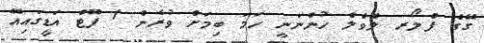
ގޭގެ ފްލޯރ ލެވެލް ހުންނަނީ ހަމަ ބިމަށް ވުރެން 1 ފޫޓް އަޑީގައިއޭ